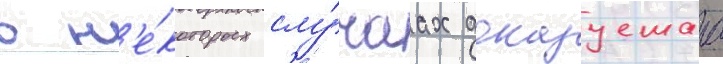
в н'е́которых слу́чаах доказуемаа